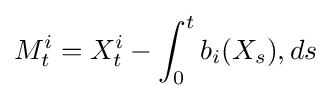
M_{t}^{i}=X_{t}^{i}-\int _{0}^{t}b_{i}(X_{s}),ds